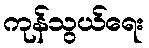
ကုန်သွယ်ရေး